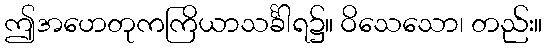
ဤအဟေတုကကြိယာသင်္ခါရ၌။ ဝိသေသော၊ တည်း။